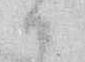
ハ